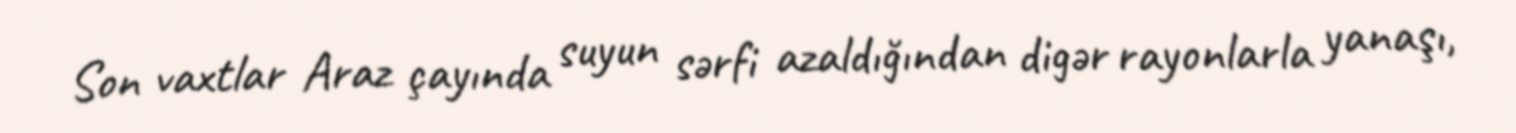
Son vaxtlar Araz çayında suyun sərfi azaldığından digər rayonlarla yanaşı,